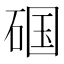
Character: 𱴏